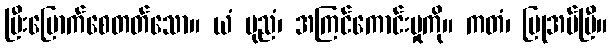
ပြီးမြောက်စေတတ်သော။ ယံ ပုညံ၊ အကြင်ကောင်းမှုကို။ ကတံ၊ ပြုအပ်ပြီ။